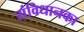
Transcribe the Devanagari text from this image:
संविधानका